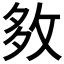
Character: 𡖙